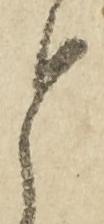
と